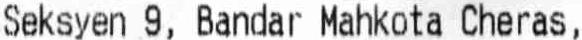
SEKSYEN 9, BANDAR MAHKOTA CHERAS,